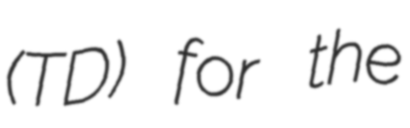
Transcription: (TD) for the